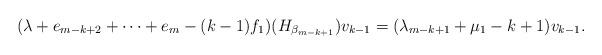
LaTeX: \begin{align*} ( \lambda + e_{m-k+2} + \cdots + e_m -(k-1) f_1 ) ( H_{ \beta _{m-k+1} }) v_{k-1} = ( \lambda _{m-k+1} + \mu _1 -k+1) v_{k-1}.\end{align*}